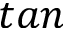
t a n